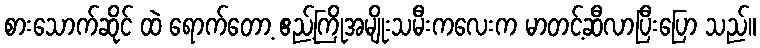
စားသောက်ဆိုင် ထဲ ရောက်တော့ ဧည့်ကြိုအမျိုးသမီးကလေးက မာတင့်ဆီလာပြီးပြော သည်။